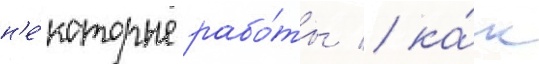
н'е́которые рабо́ты / ка́к